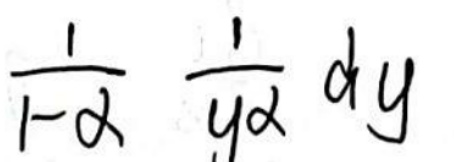
$\frac{1}{1 - \alpha}\frac{1}{y^{\alpha}} \, dy$